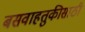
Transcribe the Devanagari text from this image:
बसवाहतुकीसाठी